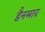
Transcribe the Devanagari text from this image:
डैनमार